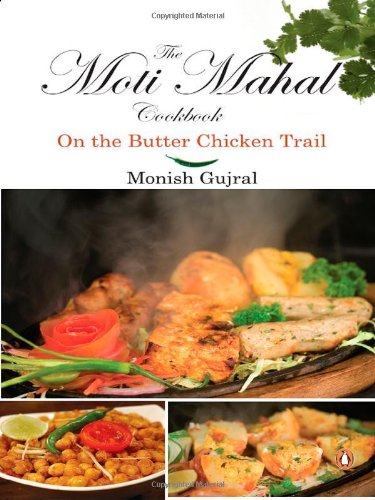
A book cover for The Moti Mahal Cookbook: On the Butter Chicken Trail; Monish Gujral; Cookbooks, Food & Wine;